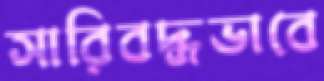
সারিবদ্ধভাবে